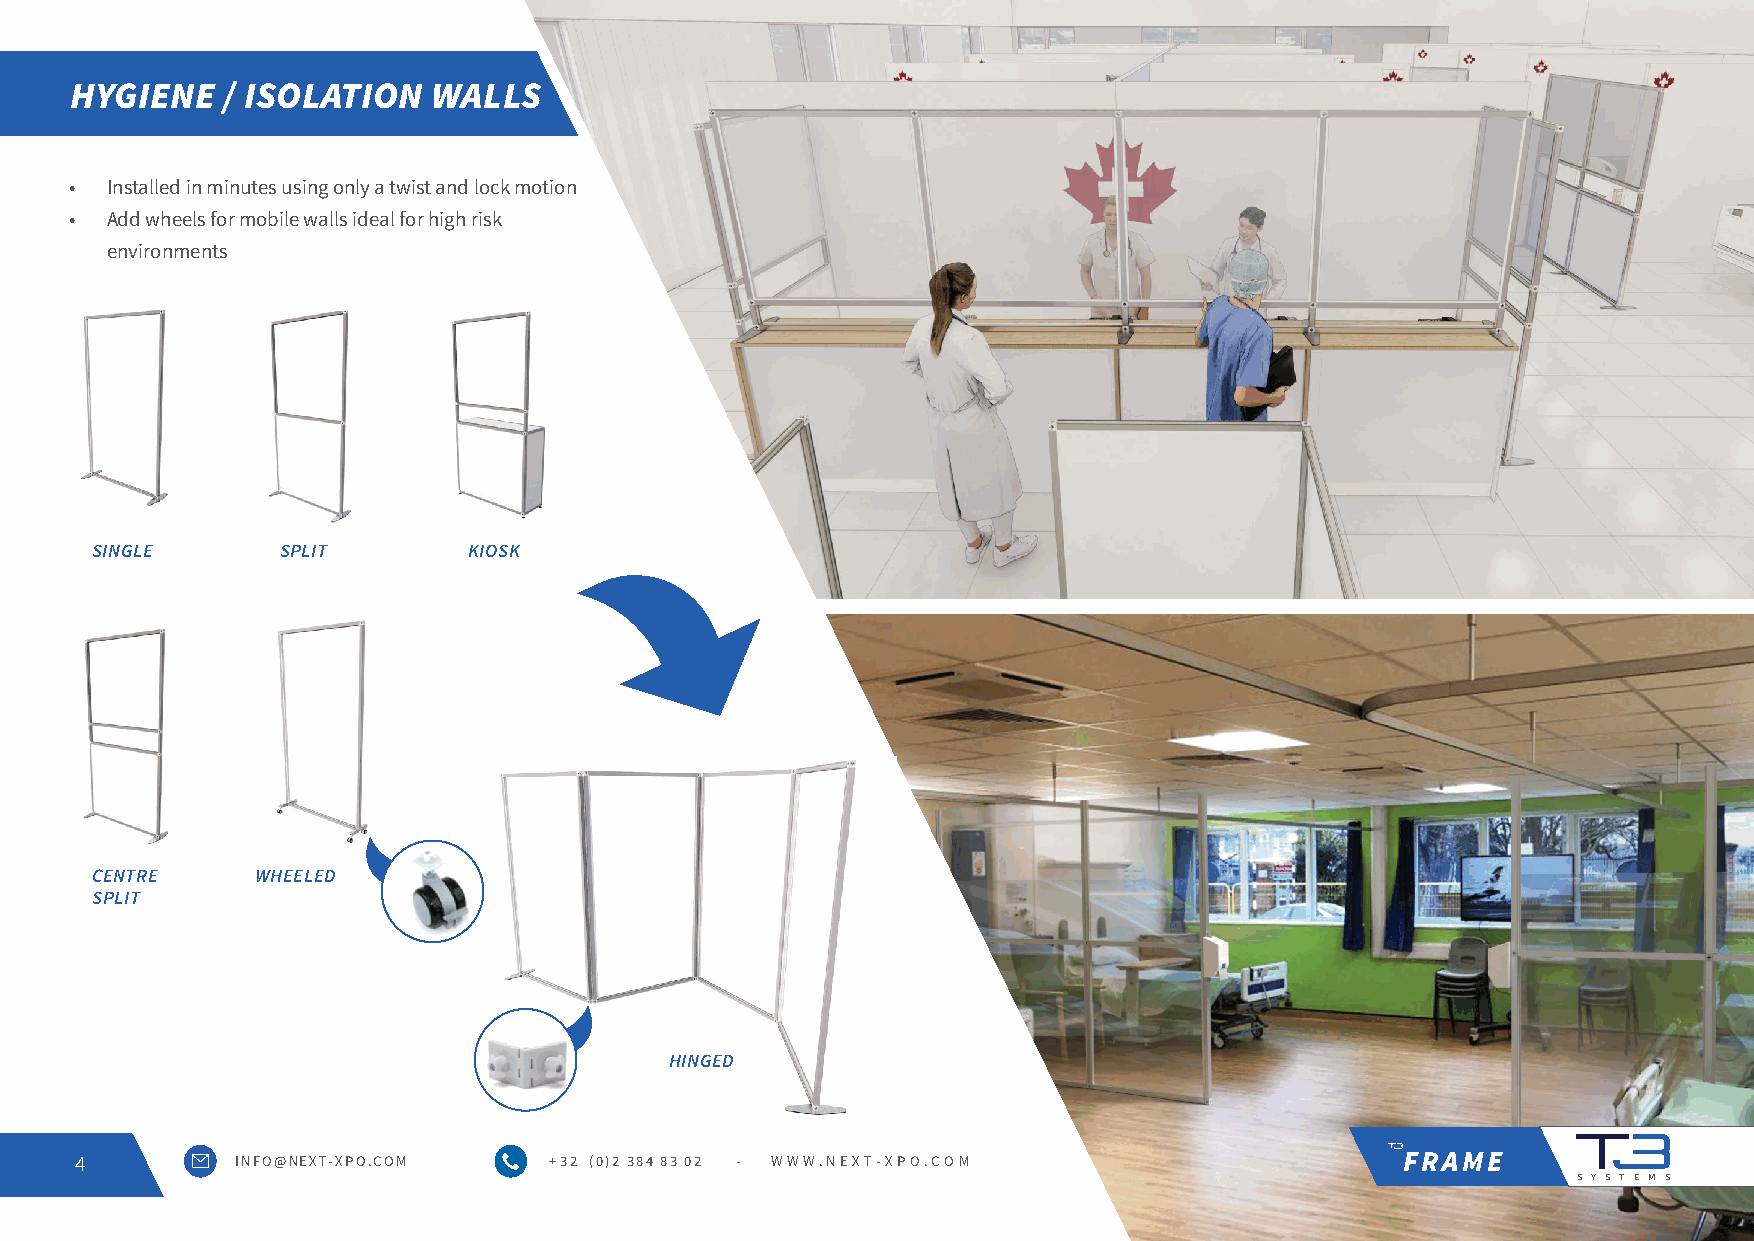
HYGIENE   / ISOLATION   WALLS
 • Installed in minutes using only a twist and lock motion
 • Add wheels for mobile walls ideal for high risk
 environments
 SINGLE       SPLIT       KIOSK
 CENTRE     WHEELED
 SPLIT
 HINGED
 4          INFO@NEXT-XPO.COM   + 32 (0)2 384 83 02 - WWW.NEXT-XPO.COM                   FRAME
 S Y S T E M S